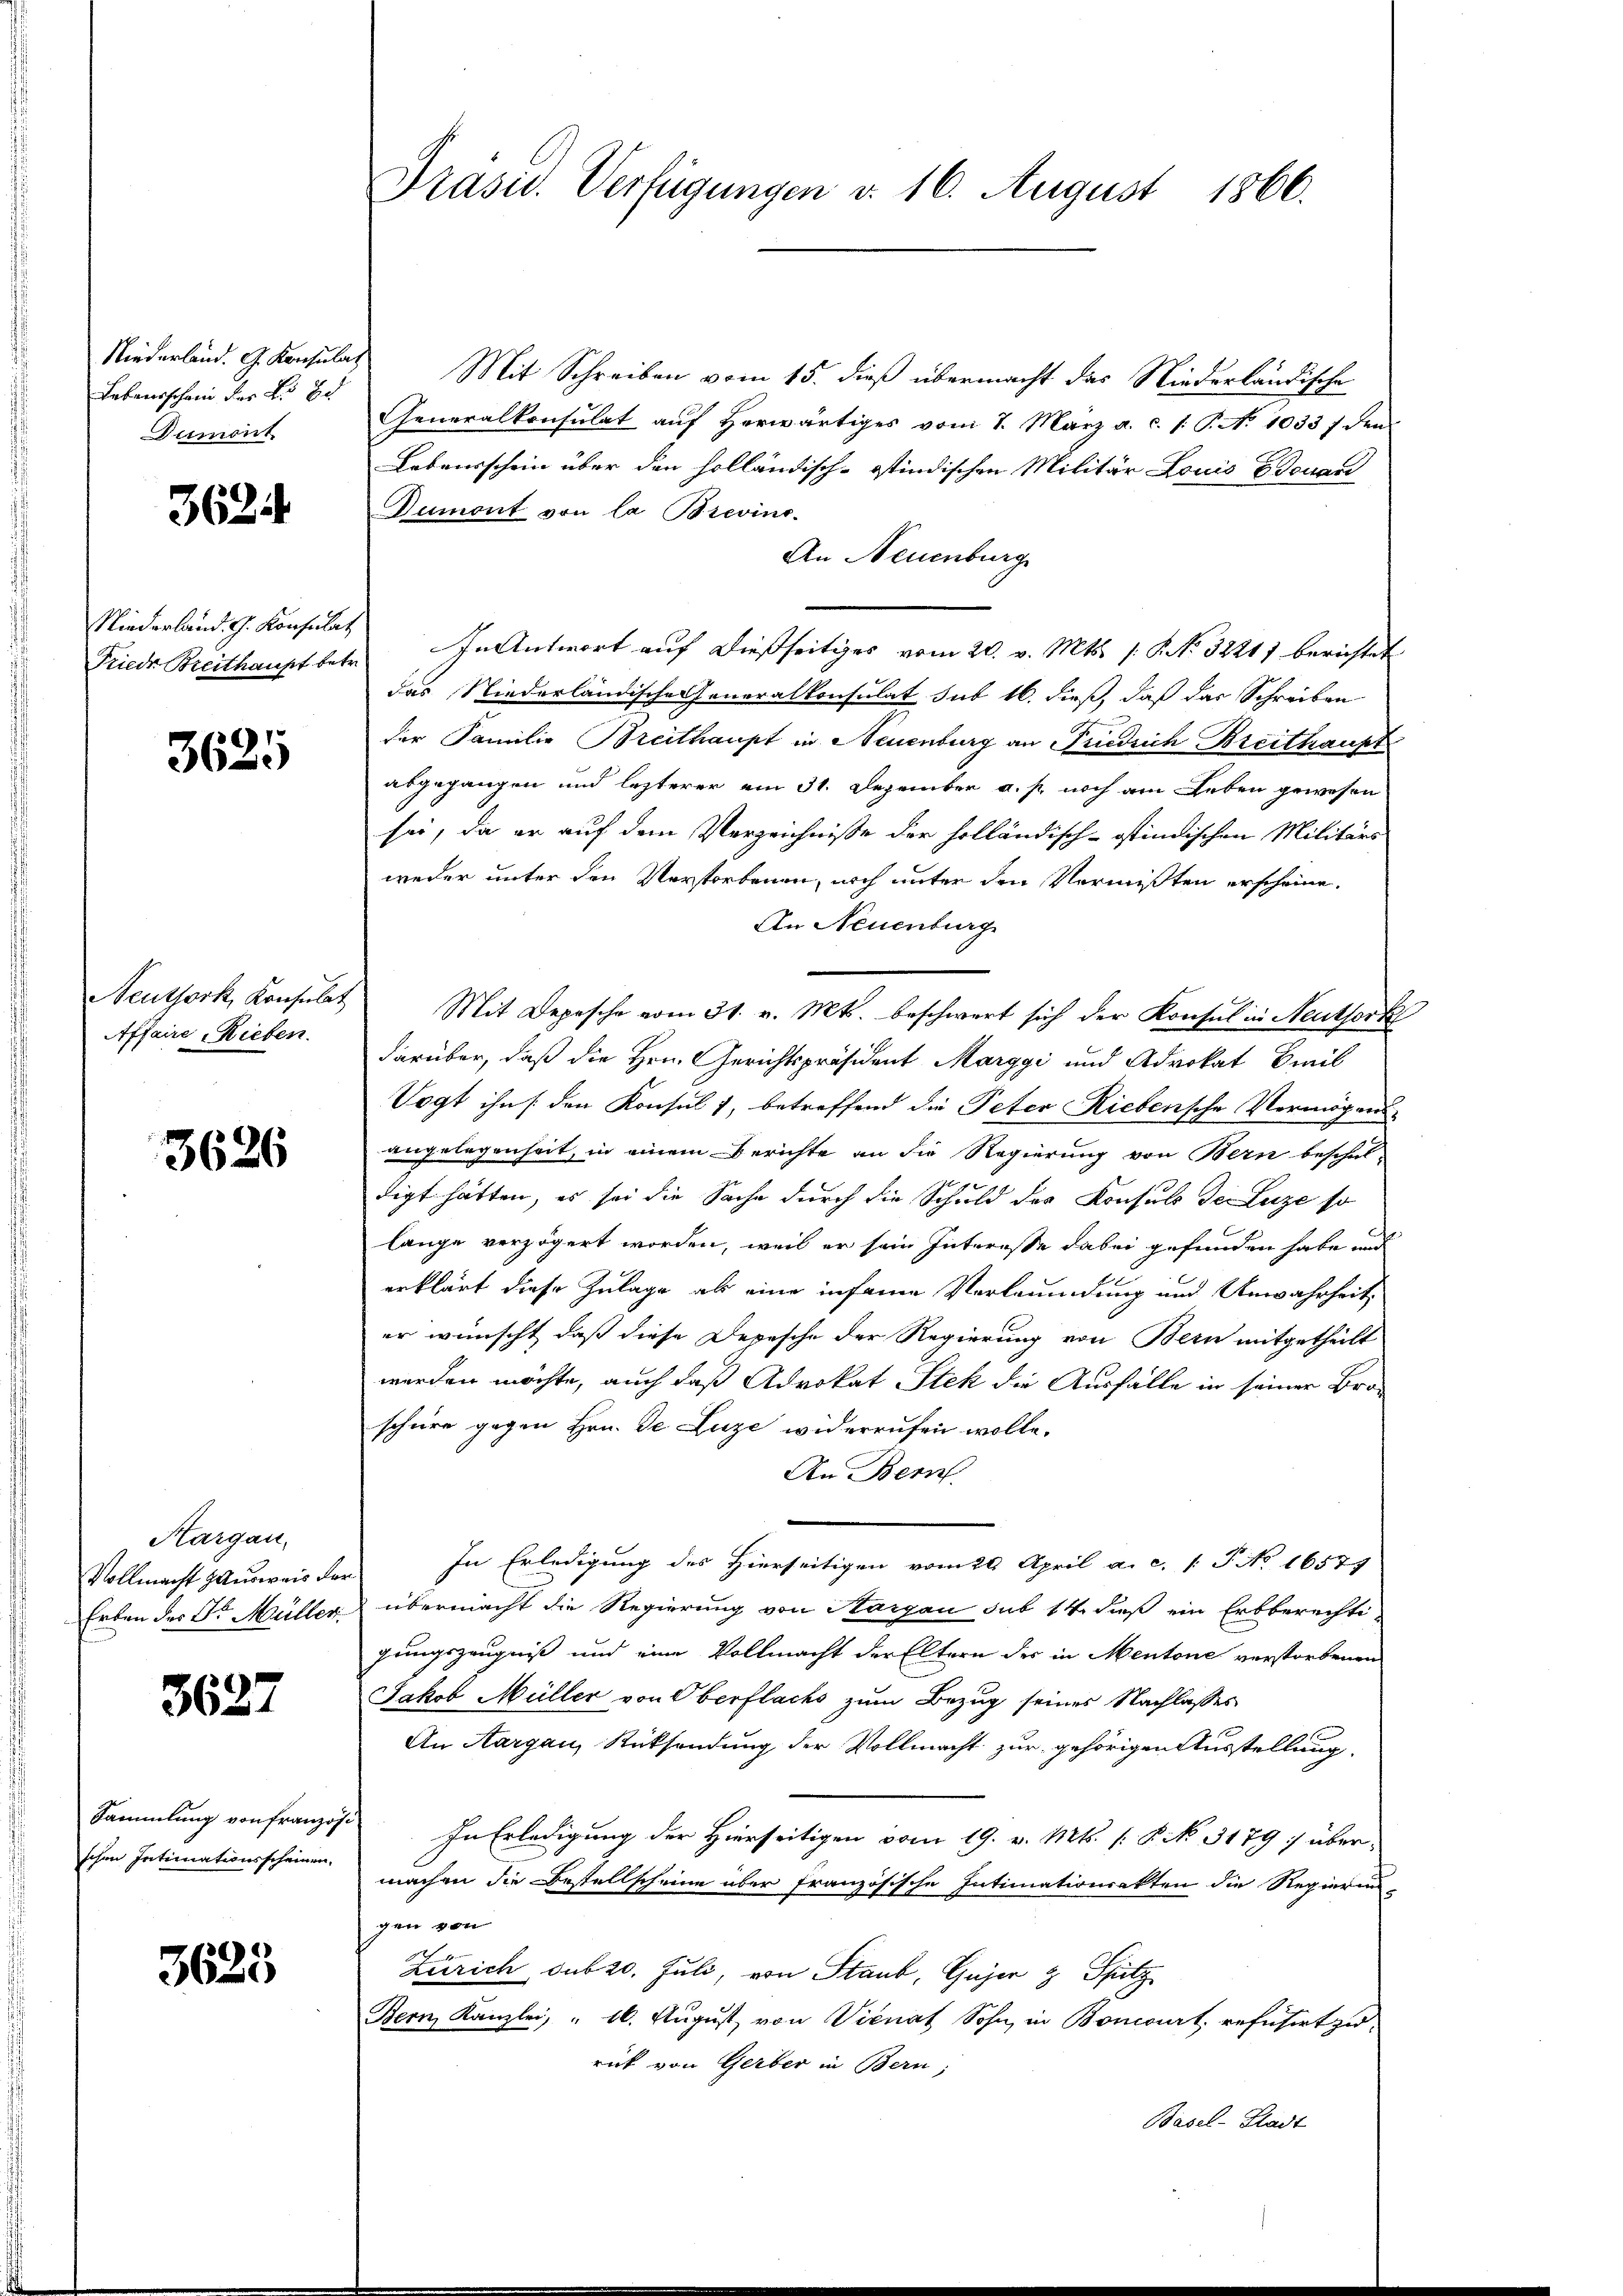
Niederland. G. Konsulat
Lebensschen der L. Br
Dumont

3624

Niederland. G. Konsulat
Friede Breithaupt betr.

3625

Neuthork, Konsulat
Affaire Rieben.

3626

Hargau,
Vollmacht Hausweis der
Erben der Dr. Müller.

3627

Sammlung von franzoschen Intimationsscheinen.

3625

Präsid. Verfügungen d. 16. August 1866.

Mit Schreiben vom 15. dieß übermacht das Niederländische
Generalkonsulat aŭf herwärtiges vom 7. März a. c. s. S. No 1033 f den
Lebensschein über den holländisch-stindischen Militär Louis Edouari
Dumont von la Brevins¬
An Neuenburg
In Antwort auf dießseitiges vom 20. v. Mts. /: P. No. 32211 berichtet
das Niederländische Generalkonsulat sub 16. dieß, daß das Schreiben
der Familie Breithaupt in Neuenburg an Friedrich Breithaupt
abgegangen und lezterer am 31. Dezember a. p. noch am Leben gewesen
sei, da er auf dem Verzeichnisse der holländisch-ostindischen Militärs
weder unter den Verstorbenen, noch unter den Vermißten erscheine.
An Neuenburg
Mit Depesche vom 31. v. Mts. beschwert sich der Konsul in Neutserk
darüber, daß die Hrn. Gerichtspräsident Marggi und Advokat Preis
Vogt ihn /: den Konsul 1, betreffend die Peter Riebensche Vermögensangelegenheit, in einem Berichte an die Regierung von Bern beschul-
digt hätten, es sei die Sache durch die Schuld des Konsuls de Luze so
lange verzögert worden, weil er sein Interesse dabei gefunden habe und
erklärt diese Zulage als eine in seine Verleumdung und Anwahrheit,
er wünscht, daß diese Depesche der Regierung von Bern mitgetheilt
werden möchte, auch daß Advokat Stek die Ausfalle in seiner Bro-
schäre gegen Hrn. De Luze widerrufen wolle.
An Bern.
In Erledigung des Hierseitigen vom 29. April a. c. (T No 16577
übermacht die Regierung von Sargau sub 14. dieß ein Erbberechti
gungszeugniß und eine Vollmacht der Eltern des in Mentone verstorbenen
Jakob Müller von Oberflachs zum Bezug seines Nachlasses
An Aargau, Rücksendung der Vollmacht zur gehörigen Ausstellung
In Erledigung der Hierseitigen vom 19. v. Mts. [§ 3179; über-
machen die Bestellscheine über französische Intimationsakten die Regierun-
gen von
Zürich sub 20. Juli, von Staub, Gujer & Spitz
Bern Kanzlei, „ 10. August von Vienat Sohn, in Boncourt refüsirt zu
rück von Gerber in Bern;
Basel-Stadt